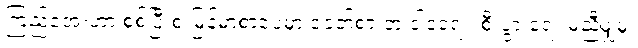
ကြည်အေးဟာ စစ်ပြီးစ မြန်မာစာပေမှာ ခေတ်စားတဲ့ ဝါဒရေး၊ စီးပွားရေး မညီမျှမှု၊